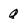
Character: q